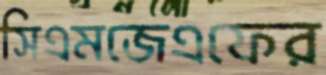
সিএমজেএফের